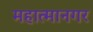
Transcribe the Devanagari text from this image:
महात्मानगर